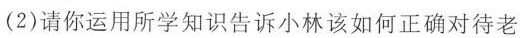
(2)请你运用所学知识告诉小林该如何正确对待老